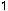
1